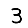
Digit: 3